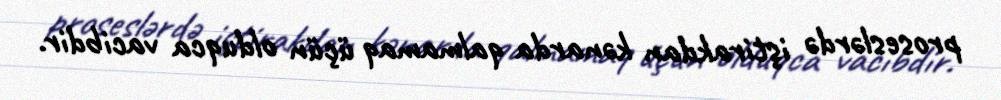
proseslərdə iştirakdan kənarda qalmamaq üçün olduqca vacibdir.